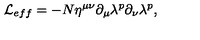
{ \cal L } _ { e f f } = - N \eta ^ { \mu \nu } \partial _ { \mu } \lambda ^ { p } \partial _ { \nu } \lambda ^ { p } ,